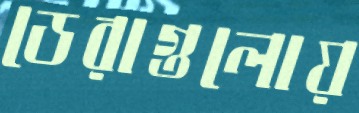
ডেরাগুলোয়